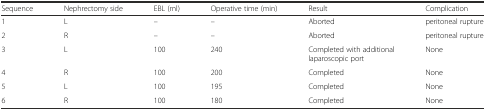
<table><thead><tr><td><b>Sequence</b></td><td><b>Nephrectomy side</b></td><td><b>EBL (ml)</b></td><td><b>Operative time (min)</b></td><td><b>Result</b></td><td><b>Complication</b></td></tr></thead><tbody><tr><td>1</td><td>L</td><td>–</td><td>–</td><td>Aborted</td><td>peritoneal rupture</td></tr><tr><td>2</td><td>R</td><td>–</td><td>–</td><td>Aborted</td><td>peritoneal rupture</td></tr><tr><td>3</td><td>L</td><td>100</td><td>240</td><td>Completed with additional laparoscopic port</td><td>None</td></tr><tr><td>4</td><td>R</td><td>100</td><td>200</td><td>Completed</td><td>None</td></tr><tr><td>5</td><td>L</td><td>100</td><td>195</td><td>Completed</td><td>None</td></tr><tr><td>6</td><td>R</td><td>100</td><td>180</td><td>Completed</td><td>None</td></tr></tbody></table>